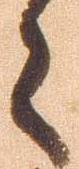
々